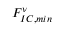
F _ { I C , m i n } ^ { \nu }